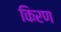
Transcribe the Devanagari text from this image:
किरण